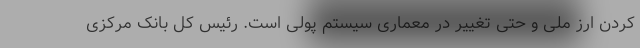
کردن ارز ملی و حتی تغییر در معماری سیستم پولی است. رئیس کل بانک مرکزی